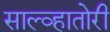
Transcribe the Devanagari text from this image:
साल्व्हातोरी